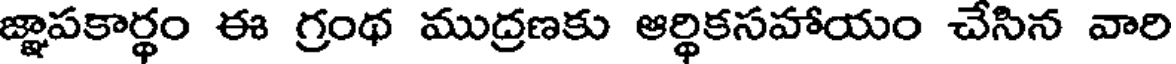
జ్ఞాపకార్థం ఈ గ్రంథ ముద్రణకు ఆర్థికసహాయం చేసిన వారి